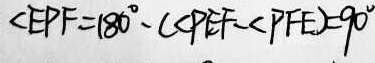
\angle E P F = 1 8 0 ^ { \circ } - ( \angle P E F - \angle P F E ) = 9 0 ^ { \circ }